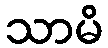
သာမိ